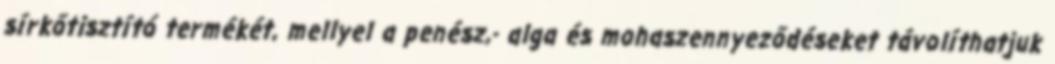
sírkőtisztító termékét, mellyel a penész,- alga és mohaszennyeződéseket távolíthatjuk